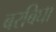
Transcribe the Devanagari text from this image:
बरबिघा